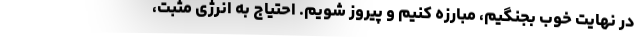
در نهایت خوب بجنگیم، مبارزه کنیم و پیروز شویم. احتیاج به انرژی مثبت،